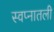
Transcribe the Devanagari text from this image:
स्वप्नातली